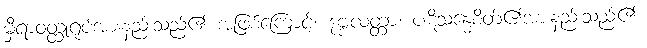
မှီရာဝတ္ထုရုပ်အားနည်းသည်၏ အဖြစ်ကြောင့်။ ဒုဗ္ဗလတ္တာ၊ ပဋိသန္ဓေစိတ်၏အားနည်းသည်၏